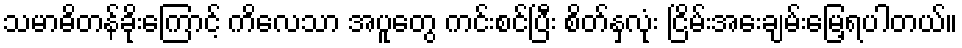
သမာဓိတန်ခိုးကြောင့် ကိလေသာ အပူတွေ ကင်းစင်ပြီး စိတ်နှလုံး ငြိမ်းအေးချမ်းမြေ့ရပါတယ်။